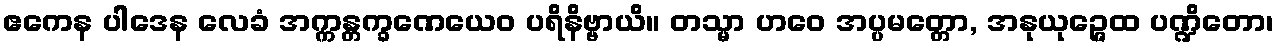
ဧကေန ပါဒေန လေခံ အက္ကန္တက္ခဏေယေဝ ပရိနိဗ္ဗာယိ။ တသ္မာ ဟဝေ အပ္ပမတ္တော, အနုယုဉ္ဇေထ ပဏ္ဍိတော၊